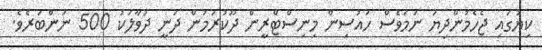
ކިޔުގައި ޖެހެމުންދިޔަ ނަމަވެސް ހައުސިން މިނިސްޓްރީން ދޫކުރަމުން ދަނީ ދުވާލަކު 500 ނަންބަރެވެ.